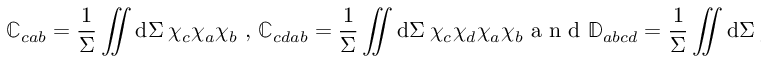
\mathbb { C } _ { c a b } = \frac { 1 } { \Sigma } \iint \mathrm { d } \Sigma ~ \chi _ { c } \chi _ { a } \chi _ { b } \mathrm { ~ , ~ } \mathbb { C } _ { c d a b } = \frac { 1 } { \Sigma } \iint \mathrm { d } \Sigma ~ \chi _ { c } \chi _ { d } \chi _ { a } \chi _ { b } \mathrm { ~ a ~ n ~ d ~ } \mathbb { D } _ { a b c d } = \frac { 1 } { \Sigma } \iint \mathrm { d } \Sigma ~ \chi _ { a } \chi _ { b } \nabla \chi _ { c } \cdot \nabla \chi _ { d } ~ .